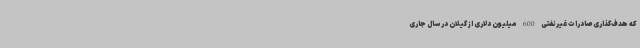
که هدف‌گذاری صادرات غیرنفتی 600 میلیون دلاری از گیلان در سال جاری